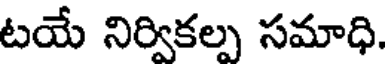
టయే నిర్వికల్ప సమాధి.